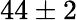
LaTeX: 44\pm 2